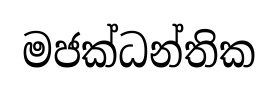
මජක්ධන්තික